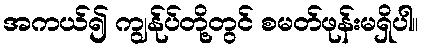
အကယ်၍ ကျွန်ုပ်တို့တွင် စမတ်ဖုန်းမရှိပါ။